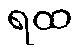
ရထ